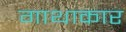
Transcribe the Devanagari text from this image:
गाथाकार